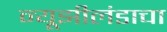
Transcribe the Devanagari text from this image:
न्यूझीलंडाचा